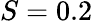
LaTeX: S=0.2